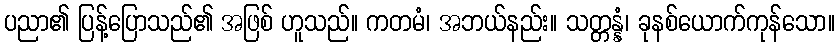
ပညာ၏ ပြန့်ပြောသည်၏ အဖြစ် ဟူသည်။ ကတမံ၊ အဘယ်နည်း။ သတ္တန္နံ၊ ခုနစ်ယောက်ကုန်သော။